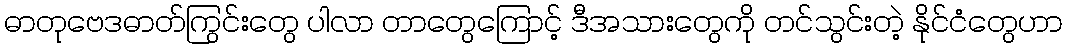
ဓာတုဗေဒဓာတ်ကြွင်းတွေ ပါလာ တာတွေကြောင့် ဒီအသားတွေကို တင်သွင်းတဲ့ နိုင်ငံတွေဟာ